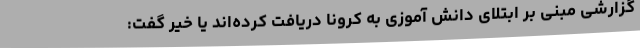
گزارشی مبنی بر ابتلای دانش آموزی به کرونا دریافت کرده‌اند یا خیر گفت: